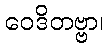
ဝေဒိတဗ္ဗာ၊